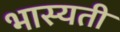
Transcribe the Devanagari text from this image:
भास्यती